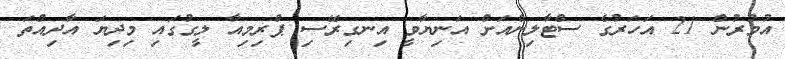
އުމުރުން 21 އަހަރުގެ ސްޓާލިންއަށް އަނިޔާވީ އިނގިރޭސި ޕްރިމިއާ ލީގުގައި މިދިޔަ އާދިއްތަ